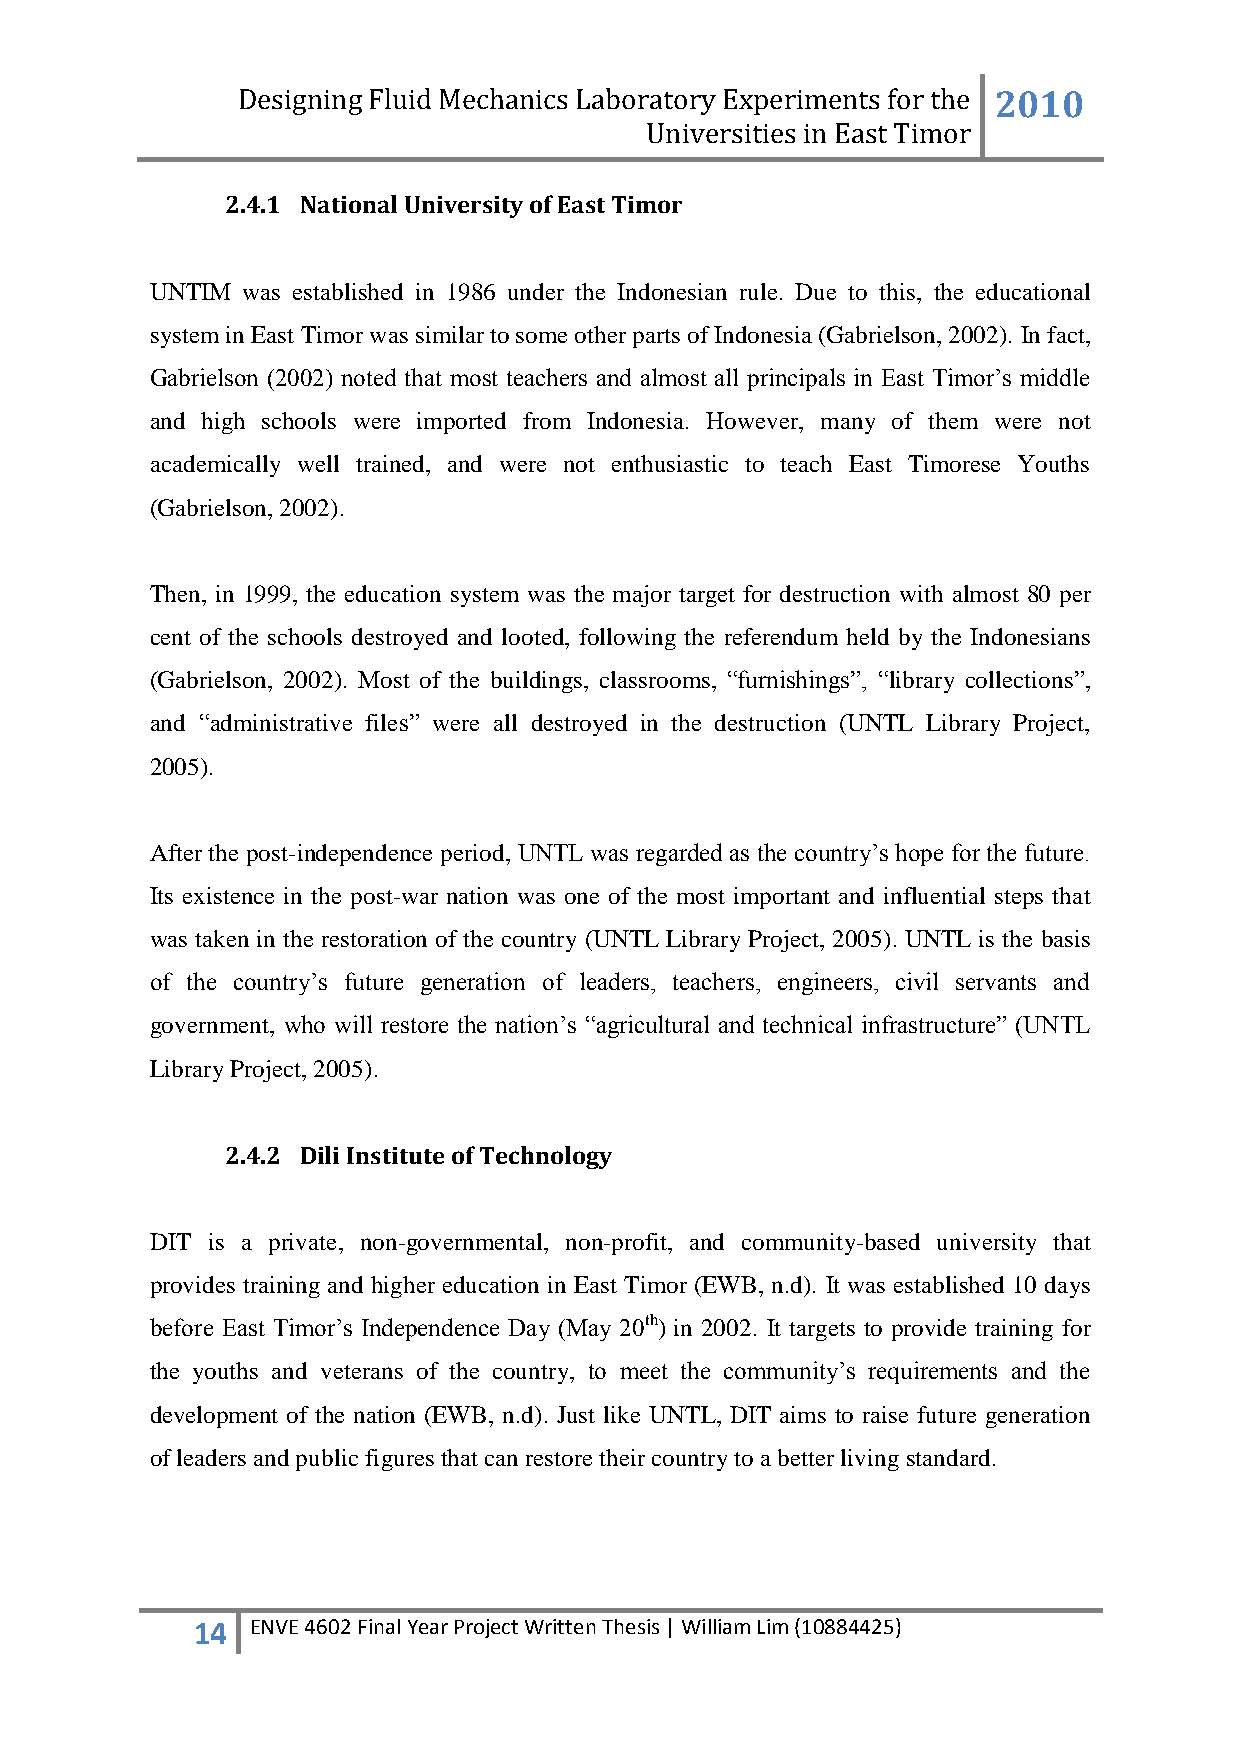
Designing Fluid Mechanics Laboratory Experiments for the 2010
 Universities in East Timor
 2.4.1 National University of East Timor
 UNTIM was established in 1986 under the Indonesian rule. Due to this, the educational
 system in East Timor was similar to some other parts of Indonesia (Gabrielson, 2002). In fact,
 Gabrielson (2002) noted that most teachers and almost all principals in East Timor‟s middle
 and high schools were imported from Indonesia. However, many of them were not
 academically well trained, and were not enthusiastic to teach East Timorese Youths
 (Gabrielson, 2002).
 Then, in 1999, the education system was the major target for destruction with almost 80 per
 cent of the schools destroyed and looted, following the referendum held by the Indonesians
 (Gabrielson, 2002). Most of the buildings, classrooms, “furnishings”, “library collections”,
 and “administrative files” were all destroyed in the destruction (UNTL Library Project,
 2005).
 After the post-independence period, UNTL was regarded as the country‟s hope for the future.
 Its existence in the post-war nation was one of the most important and influential steps that
 was taken in the restoration of the country (UNTL Library Project, 2005). UNTL is the basis
 of the country‟s future generation of leaders, teachers, engineers, civil servants and
 government, who will restore the nation‟s “agricultural and technical infrastructure” (UNTL
 Library Project, 2005).
 2.4.2 Dili Institute of Technology
 DIT is a private, non-governmental, non-profit, and community-based university that
 provides training and higher education in East Timor (EWB, n.d). It was established 10 days
 before East Timor‟s Independence Day (May 20th) in 2002. It targets to provide training for
 the youths and veterans of the country, to meet the community‟s requirements and the
 development of the nation (EWB, n.d). Just like UNTL, DIT aims to raise future generation
 of leaders and public figures that can restore their country to a better living standard.
 14  ENVE 4602 Final Year Project Written Thesis | William Lim (10884425)